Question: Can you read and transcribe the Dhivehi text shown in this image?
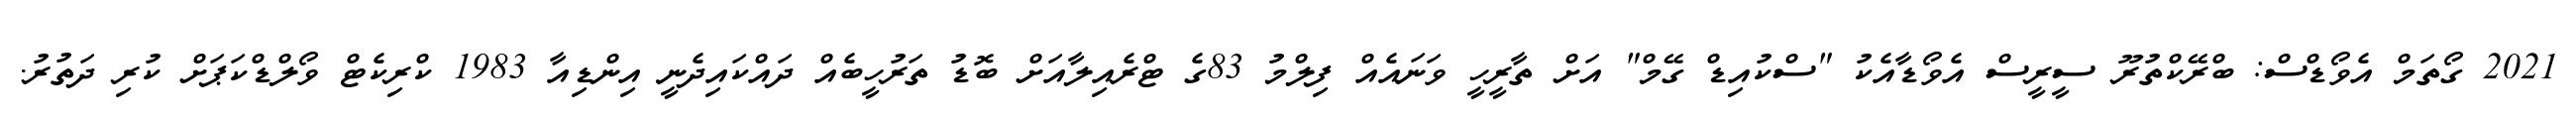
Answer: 2021 ގޯތަމް އެވޯޑްސް: ބްރޭކްތުރޫ ސީރީސް އެވޯޑާއެކު "ސްކުއިޑް ގޭމް" އަށް ތާރީހީ ވަނައެއް ފިލްމު 83ގެ ޓްރެއިލާއަށް ބޮޑު ތަރުހީބެއް ދައްކައިދެނީ އިންޑިއާ 1983 ކްރިކެޓް ވޯލްޑްކަޕަށް ކުރި ދަތުރު.